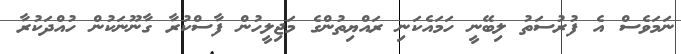
ނަމަވެސް އެ ފުރުސަތު ލިބޭނީ ހަމައެކަނި ރައްޔިތުންގެ މަޖިލީހުން ފާސްކުރާ ގާނޫނަކުން ހުއްދަކުރާ